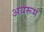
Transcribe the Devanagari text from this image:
अयरूम